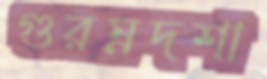
গুরম্নদশা